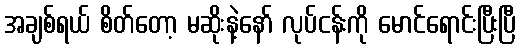
အချစ်ရယ် စိတ်တော့ မဆိုးနဲ့နော် လုပ်ငန်းကို မောင်ရောင်းပြီးပြီ